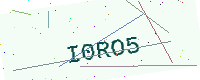
Text: I0RO5